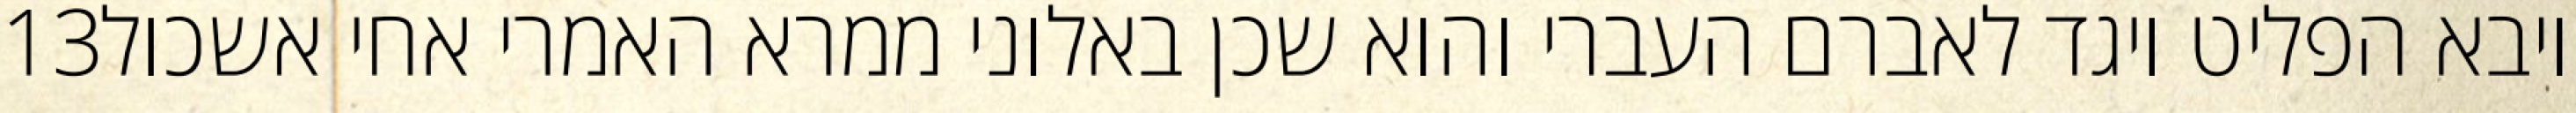
‎13‏ ויבא הפליט ויגד לאברם העברי והוא שכן באלוני ממרא האמרי אחי אשכול